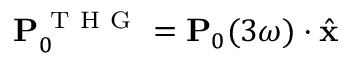
\mathbf { P } _ { 0 } ^ { \mathrm { ~ T ~ H ~ G ~ } } = \mathbf { P } _ { 0 } ( 3 \omega ) \cdot \hat { \mathbf { x } }